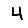
Digit: 4